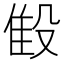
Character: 𬆨